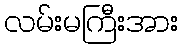
လမ်းမကြီးအား